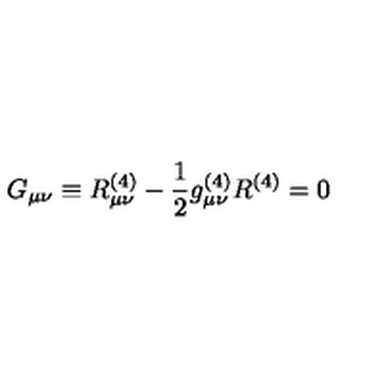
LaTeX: G _ { \mu \nu } \equiv R _ { \mu \nu } ^ { ( 4 ) } - { \frac { 1 } { 2 } } g _ { \mu \nu } ^ { ( 4 ) } R ^ { ( 4 ) } = 0